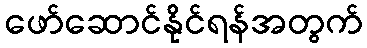
ဖော်ဆောင်နိုင်ရန်အတွက်